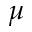
\mu